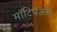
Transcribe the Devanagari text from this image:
मॉटिपऊस